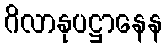
ဂိလာနုပဋ္ဌာနေန